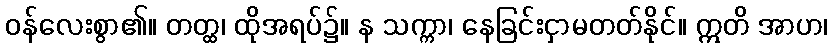
ဝန်လေးစွာ၏။ တတ္ထ၊ ထိုအရပ်၌။ န သက္ကာ၊ နေခြင်းငှာမတတ်နိုင်။ ဣတိ အာဟ၊